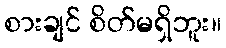
စားချင် စိတ်မရှိဘူး။